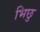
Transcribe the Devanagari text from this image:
भिछु